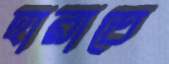
হারাতে